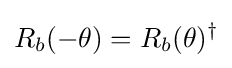
R_{b}(-\theta )=R_{b}(\theta )^{\dagger }